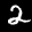
Label: 2